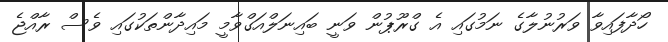
ހޯދާފައިވާ ވަރުނުލާގެ ނަމުގައި އެ ގްރޫޕުން ވަނީ ބައިނަލްއަގްވާމީ މައިދާންތަކުގައި ވެސް ރާއްޖެ